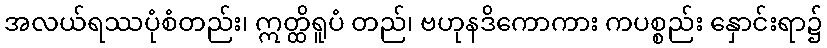
အလယ်ရဿပုံစံတည်း၊ ဣတ္ထိရူပံ တည်၊ ဗဟုနဒိကောကား ကပစ္စည်း နှောင်းရာ၌